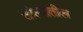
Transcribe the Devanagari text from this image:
खोल्यांतील